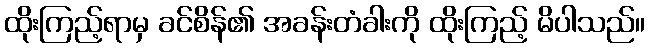
ထိုးကြည့်ရာမှ ခင်စိန်၏ အခန်းတံခါးကို ထိုးကြည့် မိပါသည်။